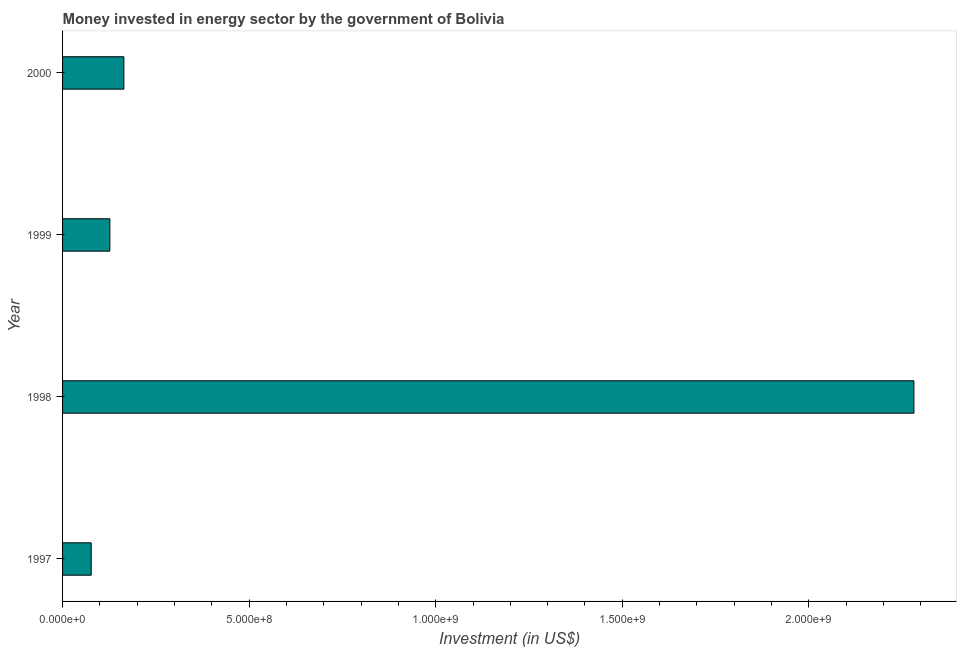
| Year | Investment in energy with private participation (current US$) |
 | --- | --- |
 | 1997 | 7.67e+07 |
 | 1998 | 2.28e+09 |
 | 1999 | 1.27e+08 |
 | 2000 | 1.64e+08 |